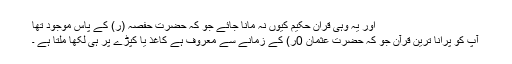
اور یہ وہی قران حکیم کیوں نہ مانا جائے جو کہ حضرت حفصہ (ر) کے پاس موجود تھا
آپ کو پرانا ترین قرآن جو کہ حضرت عثمان 0ر) کے زمانے سے معروف ہے کاغذ یا کپڑے پر ہی لکھا ملتا ہے ۔